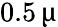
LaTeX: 0.5\, \upmu